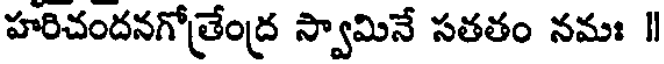
హరిచందనగోత్రేంద్ర స్వామినే సతతం నమః ॥